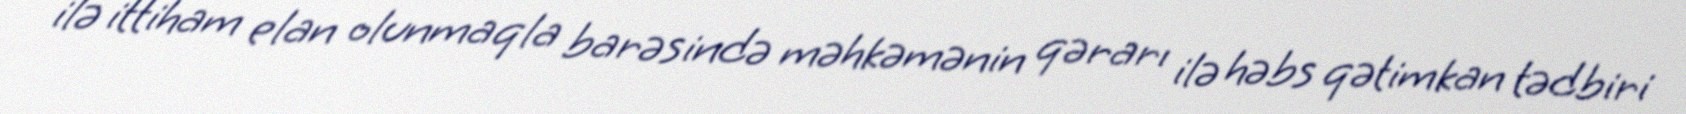
ilə ittiham elan olunmaqla barəsində məhkəmənin qərarı ilə həbs qətimkan tədbiri